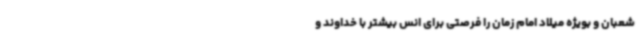
شعبان و بویژه میلاد امام زمان را فرصتی برای انس بیشتر با خداوند و